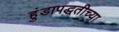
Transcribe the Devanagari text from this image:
हुंडापद्धतीच्या